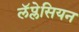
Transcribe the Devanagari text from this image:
लॅप्लेसियन